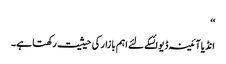
‘‘
انڈیا آئینہ ڈیوائسکے لئے اہم بازار کی حیثیت رکھتا ہے۔